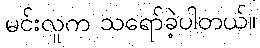
မင်းလူက သရော်ခဲ့ပါတယ်။